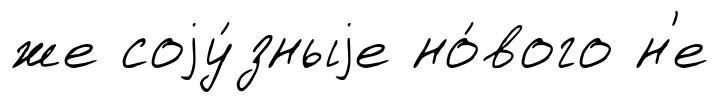
же соjу́зныjе но́вого н'е